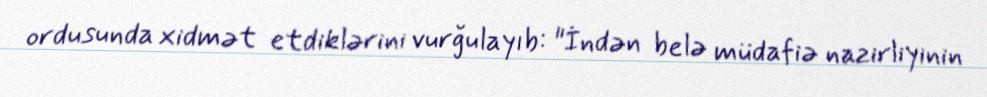
ordusunda xidmət etdiklərini vurğulayıb: "İndən belə müdafiə nazirliyinin